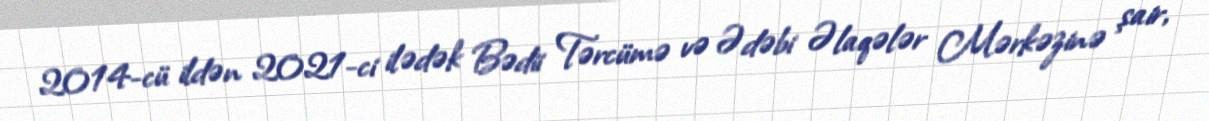
2014-cü ildən 2021-ci ilədək Bədii Tərcümə və Ədəbi Əlaqələr Mərkəzinə şair,